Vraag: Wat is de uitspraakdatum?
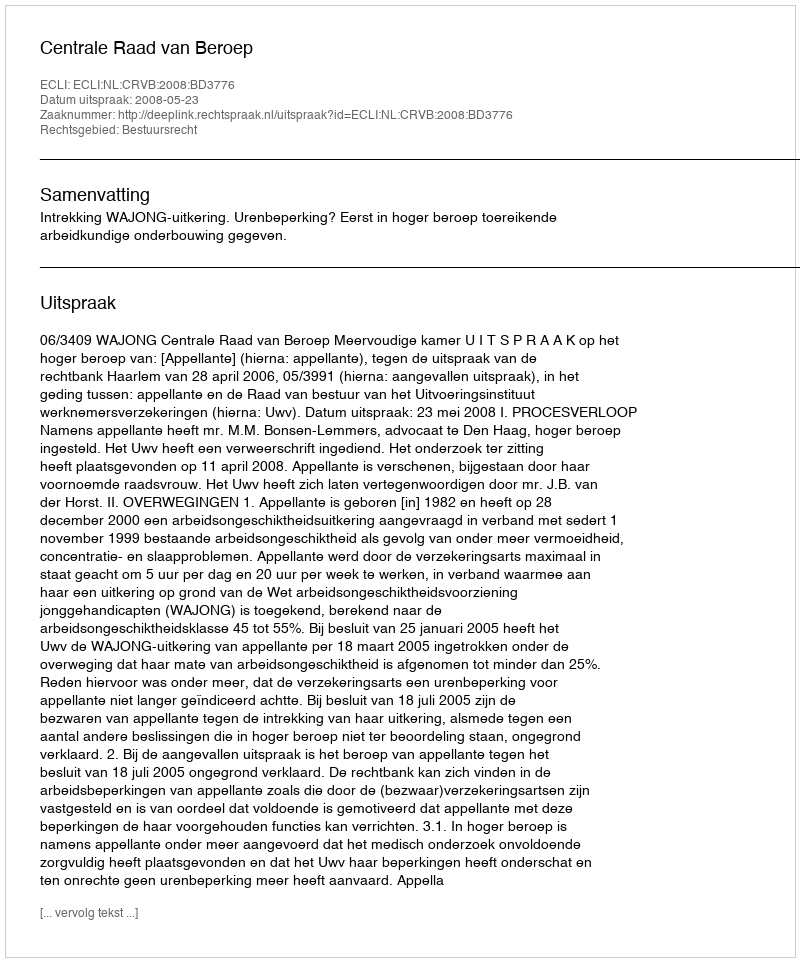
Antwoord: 2008-05-23